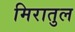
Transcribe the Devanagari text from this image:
मिरातुल